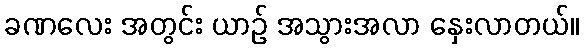
ခဏလေး အတွင်း ယာဉ် အသွားအလာ နှေးလာတယ်။